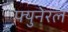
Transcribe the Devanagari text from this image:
फ्युनेरल